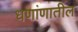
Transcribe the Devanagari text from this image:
धणांणातील